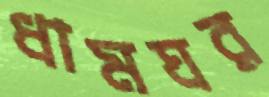
ধামঘর